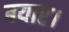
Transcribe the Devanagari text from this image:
बयार।